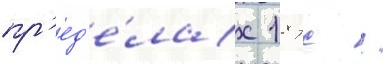
пр'ед'е́лах 18 тс /